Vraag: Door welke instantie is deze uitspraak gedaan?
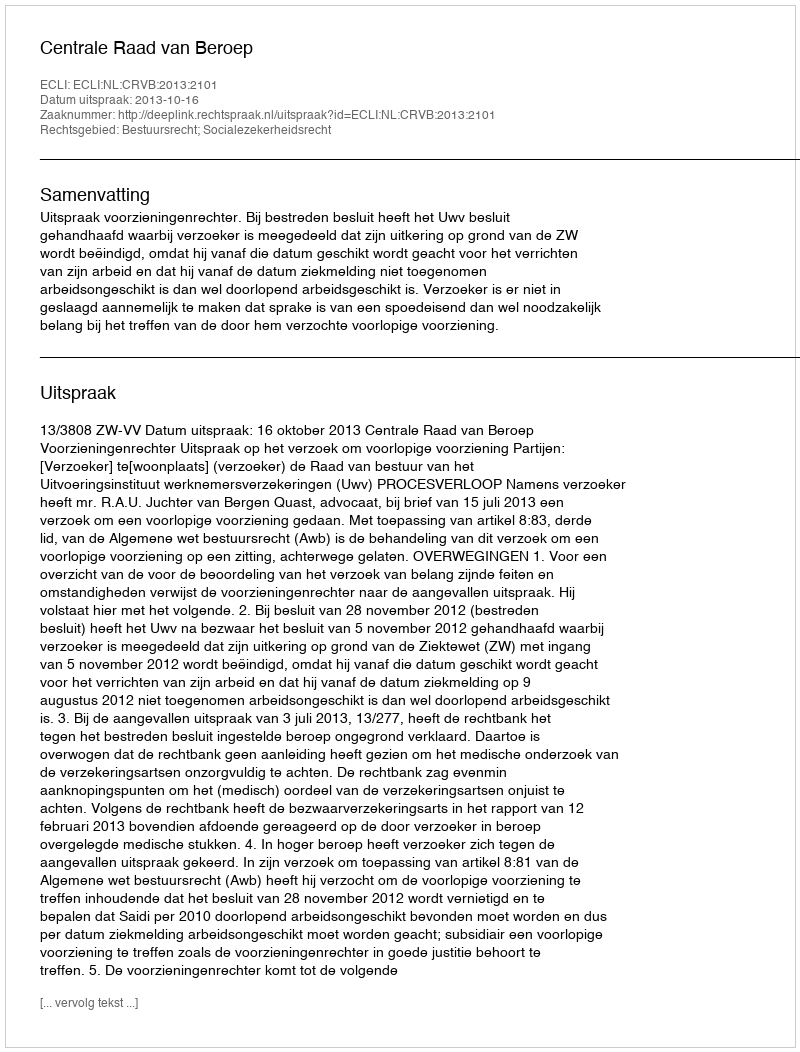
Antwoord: Centrale Raad van Beroep